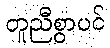
တူညီစွာပင်